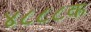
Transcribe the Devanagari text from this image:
४८८८क